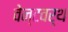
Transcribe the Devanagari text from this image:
वेन्टवर्थ